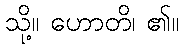
သို့။ ဟောတိ၊ ၏။